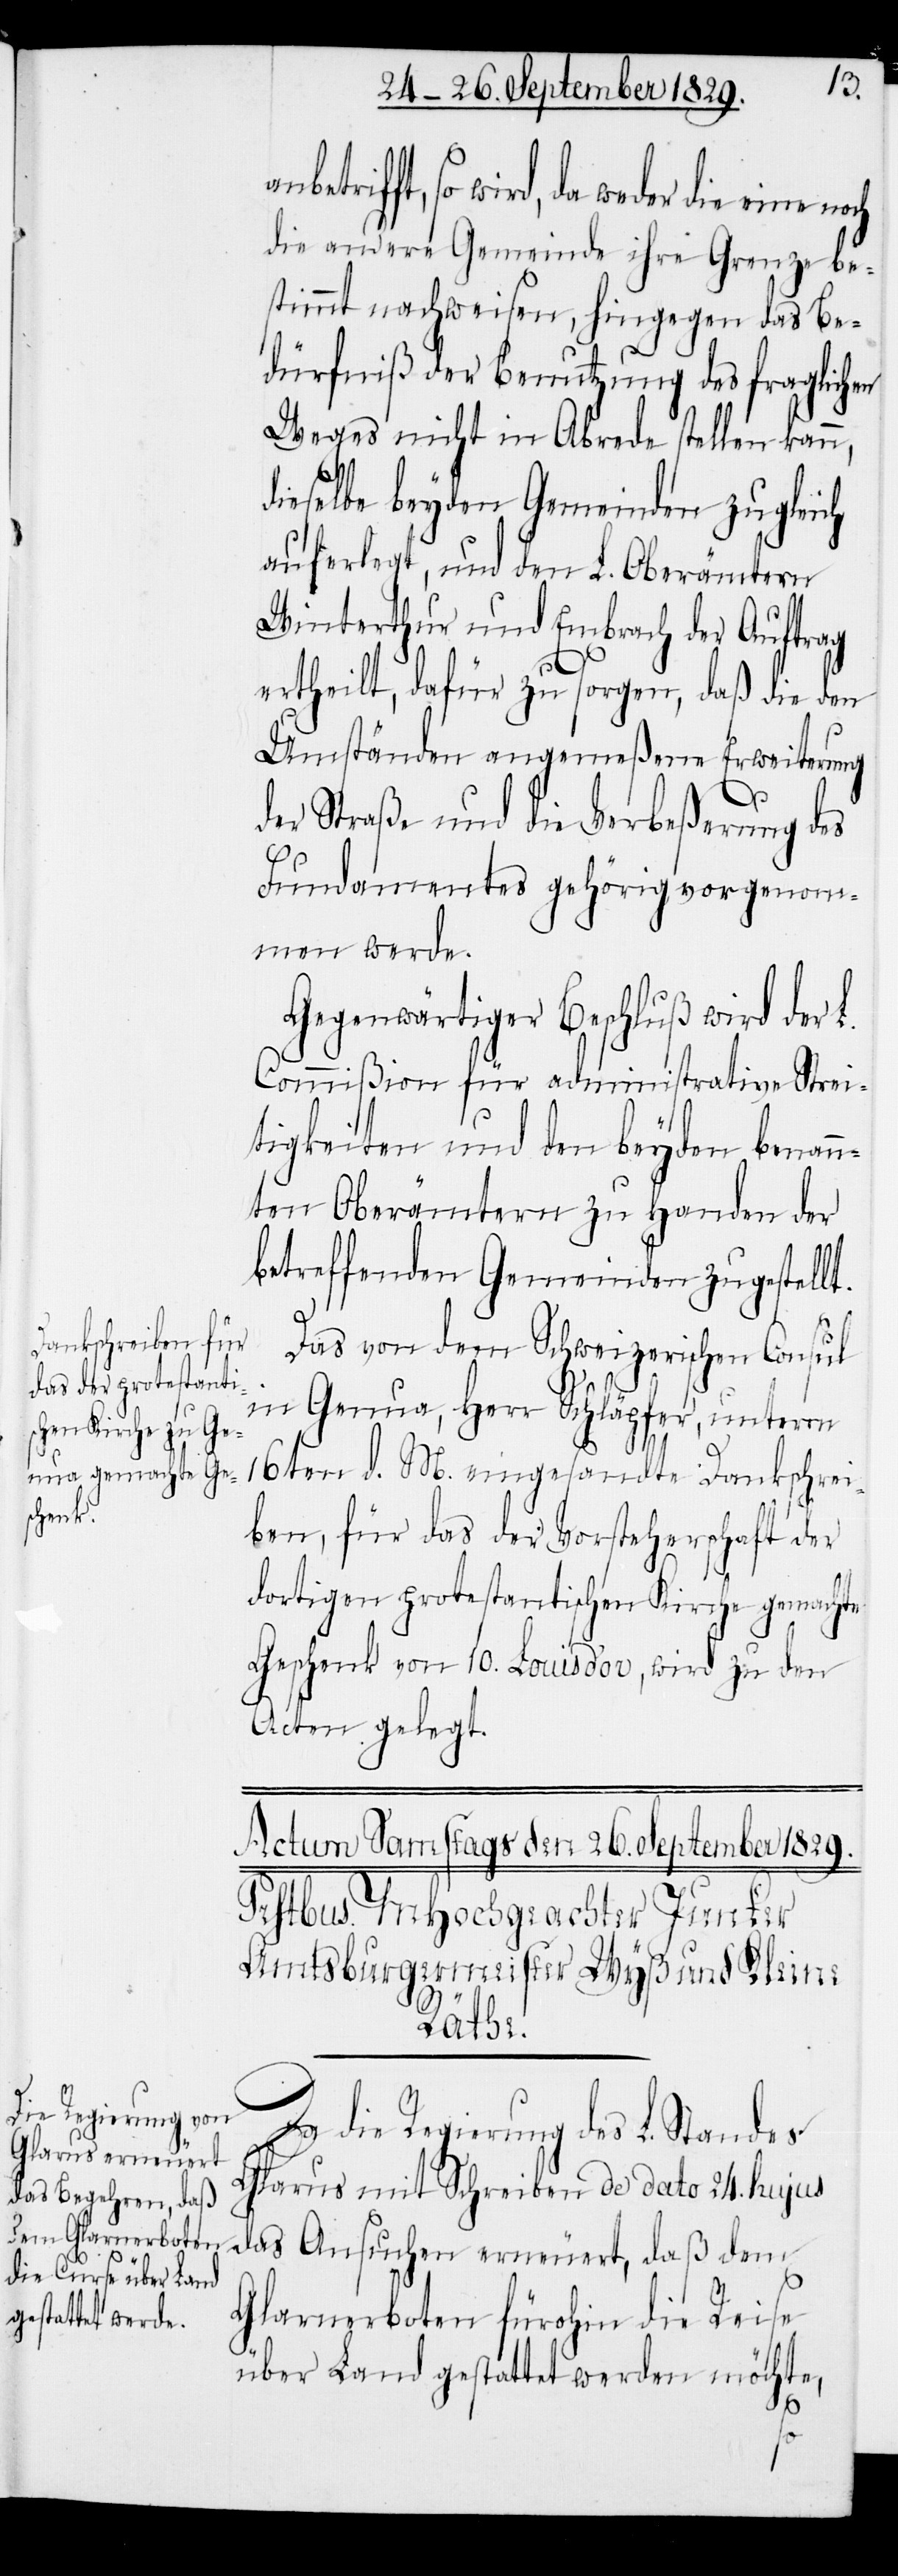
anb¬

etrifft, so wird, da weder die eine
die andere Gemeinde ihre Grenze be¬
stimmt nachweisen, hingegen das Be¬
dürfniß der Benutzung des fraglichen
Weges nicht in Abrede stellen kann,
dieselbe beyden Gemeinden zu gleich
auferlegt, und den L. Oberämtern
Winterthur und Embrach der Auftrag
ertheilt, dafür zu sorgen, daß die den
Umständen angemeßene Erweiterung
der Straße und die Verbeßerung des
Fundamentes gehörig vorgenom¬
men werde.
Gegenwärtiger Beschluß wird der L.
Commißion für administrative Strei¬
tigkeiten und den beyden benan¬
nten Oberämtern zu Handen der
betreffenden Gemeinden zugestellt.
Das von dem Schweizerischen Consul
in Genua, Herr Schläpfer, unterm
16ten d. M. eingesandte Dankschrei¬
ben, für das der Vorsteherschaft der
dortigen protestantischen Kirche gemachte
Geschenk von 10. Louisd’or, wird zu den
Acten gelegt.
Da die Regierung des L. Standes
Glarus mit Schreiben de dato 24. hujus
das Ansuchen erneuert, daß dem
Glarnerboten fürohin die Reise
über Land gestattet werden möchte,